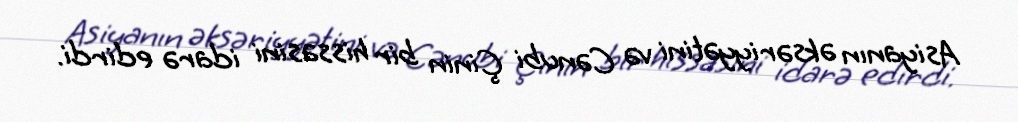
Asiyanın əksəriyyətini və Cənubi Çinin bir hissəsini idarə edirdi.